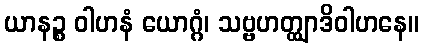
ယာနဉ္စ ဝါဟနံ ယောဂ္ဂံ၊ သဗ္ဗဟတ္ထျာဒိဝါဟနေ။